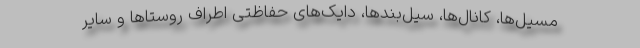
مسیل‌ها، کانال‌ها، سیل‌بندها، دایک‌های حفاظتی اطراف روستاها و سایر